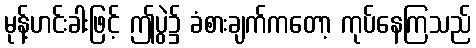
မုန့်ဟင်းခါးဖြင့် ဤပွဲ၌ ခံစားချက်ကတော့ ကုပ်နေကြသည်